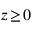
z \! \ge \! 0